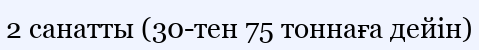
2 санатты (30-тен 75 тоннаға дейін)